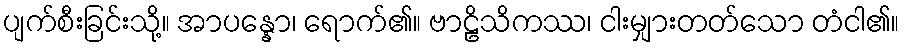
ပျက်စီးခြင်းသို့။ အာပန္နော၊ ရောက်၏။ ဗာဠိသိကဿ၊ ငါးမျှားတတ်သော တံငါ၏။